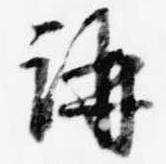
講